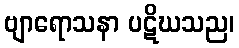
ဗျာရောသနာ ပဋိဃသည၊